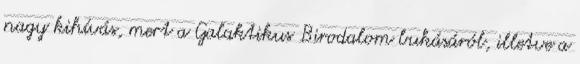
nagy kihívás, mert a Galaktikus Birodalom bukásáról, illetve a